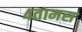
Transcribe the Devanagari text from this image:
४तामस